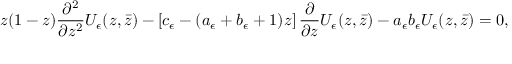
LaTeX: z ( 1 - z ) \frac { \partial ^ { 2 } } { \partial z ^ { 2 } } U _ { \epsilon } ( z , \bar { z } ) - \left[ c _ { \epsilon } - ( a _ { \epsilon } + b _ { \epsilon } + 1 ) z \right] \frac { \partial } { \partial z } U _ { \epsilon } ( z , \bar { z } ) - a _ { \epsilon } b _ { \epsilon } U _ { \epsilon } ( z , \bar { z } ) = 0 ,